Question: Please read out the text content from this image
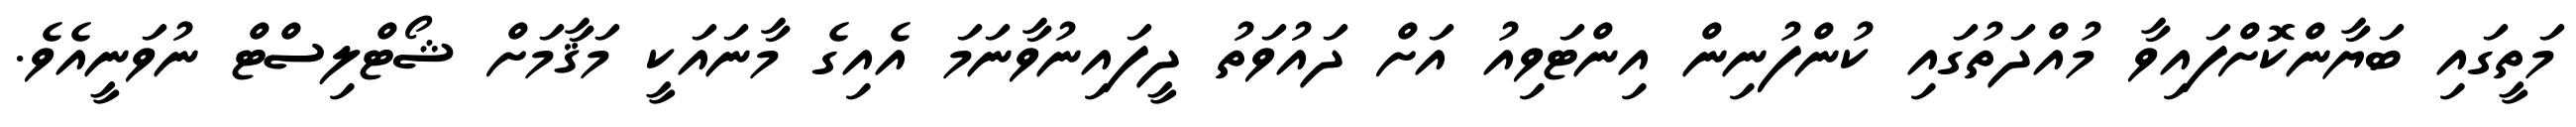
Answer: މަތީގައި ބަޔާންކޮށްފައިވާ މުއްދަތުގައި ކުންފުނިން އިންޓަވިއު އަށް ދައުވަތު ދީފައިނުވާނަމަ އެއިގެ މާނައަކީ މަޤާމަށް ޝޯޓްލިސްޓް ނުވަނީއެވެ.